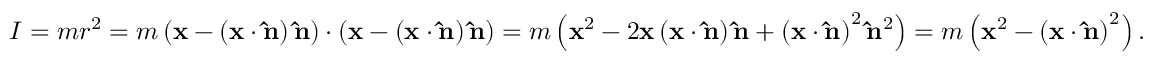
I = m r ^ { 2 } = m \left( \mathbf { x } - \left( \mathbf { x } \cdot \mathbf { \hat { n } } \right) \mathbf { \hat { n } } \right) \cdot \left( \mathbf { x } - \left( \mathbf { x } \cdot \mathbf { \hat { n } } \right) \mathbf { \hat { n } } \right) = m \left( \mathbf { x } ^ { 2 } - 2 \mathbf { x } \left( \mathbf { x } \cdot \mathbf { \hat { n } } \right) \mathbf { \hat { n } } + \left( \mathbf { x } \cdot \mathbf { \hat { n } } \right) ^ { 2 } \mathbf { \hat { n } } ^ { 2 } \right) = m \left( \mathbf { x } ^ { 2 } - \left( \mathbf { x } \cdot \mathbf { \hat { n } } \right) ^ { 2 } \right) .